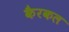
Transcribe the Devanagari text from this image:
कैरकल